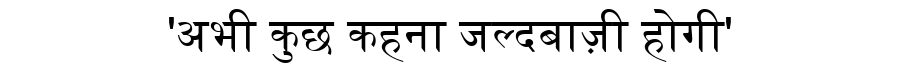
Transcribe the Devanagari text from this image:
'अभी कुछ कहना जल्दबाज़ी होगी'